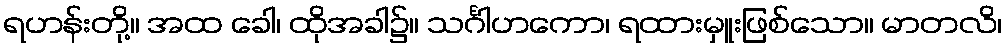
ရဟန်းတို့။ အထ ခေါ၊ ထိုအခါ၌။ သင်္ဂါဟကော၊ ရထားမှူးဖြစ်သော။ မာတလိ၊